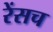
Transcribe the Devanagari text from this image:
रेंसच